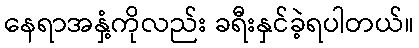
နေရာအနှံ့ကိုလည်း ခရီးနှင်ခဲ့ရပါတယ်။